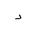
Letter: _dal